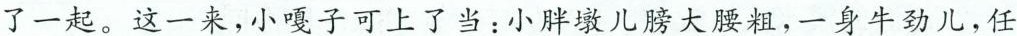
了一起。这一来，小嘎子可上了当：小胖墩儿膀大腰粗，一身牛劲儿，任